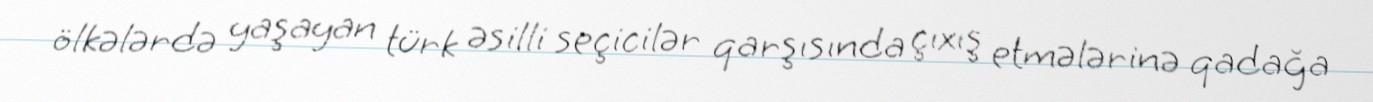
ölkələrdə yaşayan türk əsilli seçicilər qarşısında çıxış etmələrinə qadağa